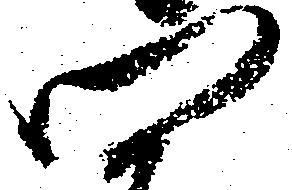
門